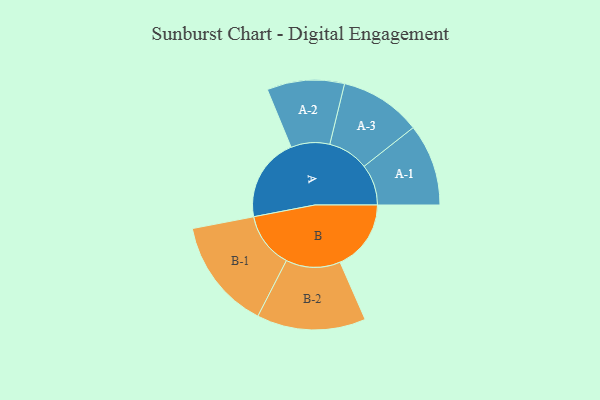
{"axis": {"x": "Segment", "y": "Value"}, "legend": ["", "A", "B"], "data": [{"x": "A", "y": 447, "type": ""}, {"x": "B", "y": 378, "type": ""}, {"x": "A-1", "y": 218, "type": "A"}, {"x": "A-2", "y": 206, "type": "A"}, {"x": "A-3", "y": 217, "type": "A"}, {"x": "B-1", "y": 296, "type": "B"}, {"x": "B-2", "y": 290, "type": "B"}]}